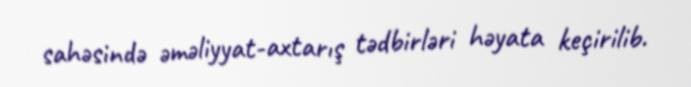
sahəsində əməliyyat-axtarış tədbirləri həyata keçirilib.